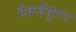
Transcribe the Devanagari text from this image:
मैकईयुएन